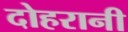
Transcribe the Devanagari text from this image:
दोहरानी